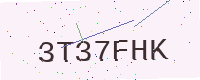
Text: 3T37FHK